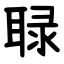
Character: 䎼